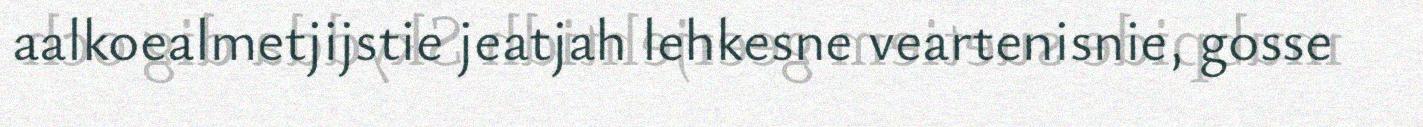
aalkoealmetjijstie jeatjah lehkesne veartenisnie, gosse